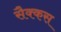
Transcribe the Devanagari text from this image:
सैक्कस